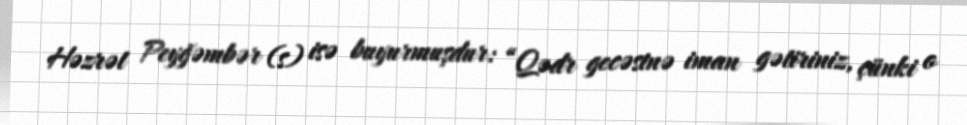
Həzrət Peyğəmbər (s) isə buyurmuşdur: “Qədr gecəsinə iman gətiriniz, çünki o